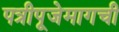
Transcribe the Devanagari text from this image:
पत्रीपूजेमागची